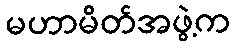
မဟာမိတ်အဖွဲ့က